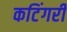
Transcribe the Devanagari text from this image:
कटिंगरी